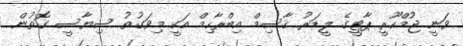
ވަނީ ޖުމްހޫރީ ޕާޓީގެ ލީޑަރު ޤާސިމް އިބްރާހިމް އަކީ މިވަގުތު ސިޔާސީ ގޮތުން